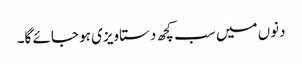
دنوں میں سب کچھ دستاویزی ہو جائے گا۔